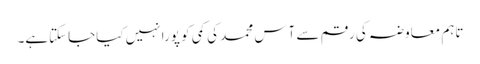
تاہم معاوضہ کی رقم سے آس محمد کی کمی کو پورا نہیں کیاجاسکتاہے۔